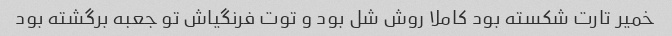
خمیر تارت شکسته بود کاملا روش شل بود و توت فرنگیاش تو جعبه برگشته بود